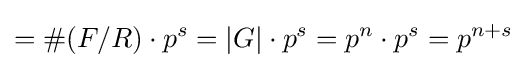
=\#(F/R)\cdot p^{s}=\vert G\vert \cdot p^{s}=p^{n}\cdot p^{s}=p^{n+s}